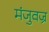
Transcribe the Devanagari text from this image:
मंजुवज्र